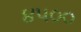
૪૫૦૦